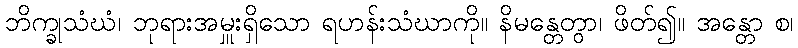
ဘိက္ခုသံဃံ၊ ဘုရားအမှူးရှိသော ရဟန်းသံဃာကို။ နိမန္တေတွာ၊ ဖိတ်၍။ အန္တော စ၊